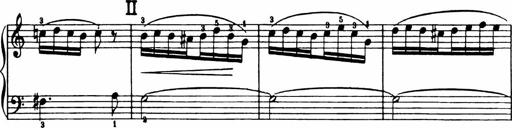
Title: Analytical Sonatinas
Composer: Frank Lynes